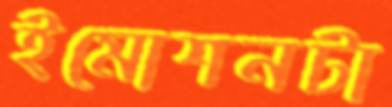
ইমোশনটা